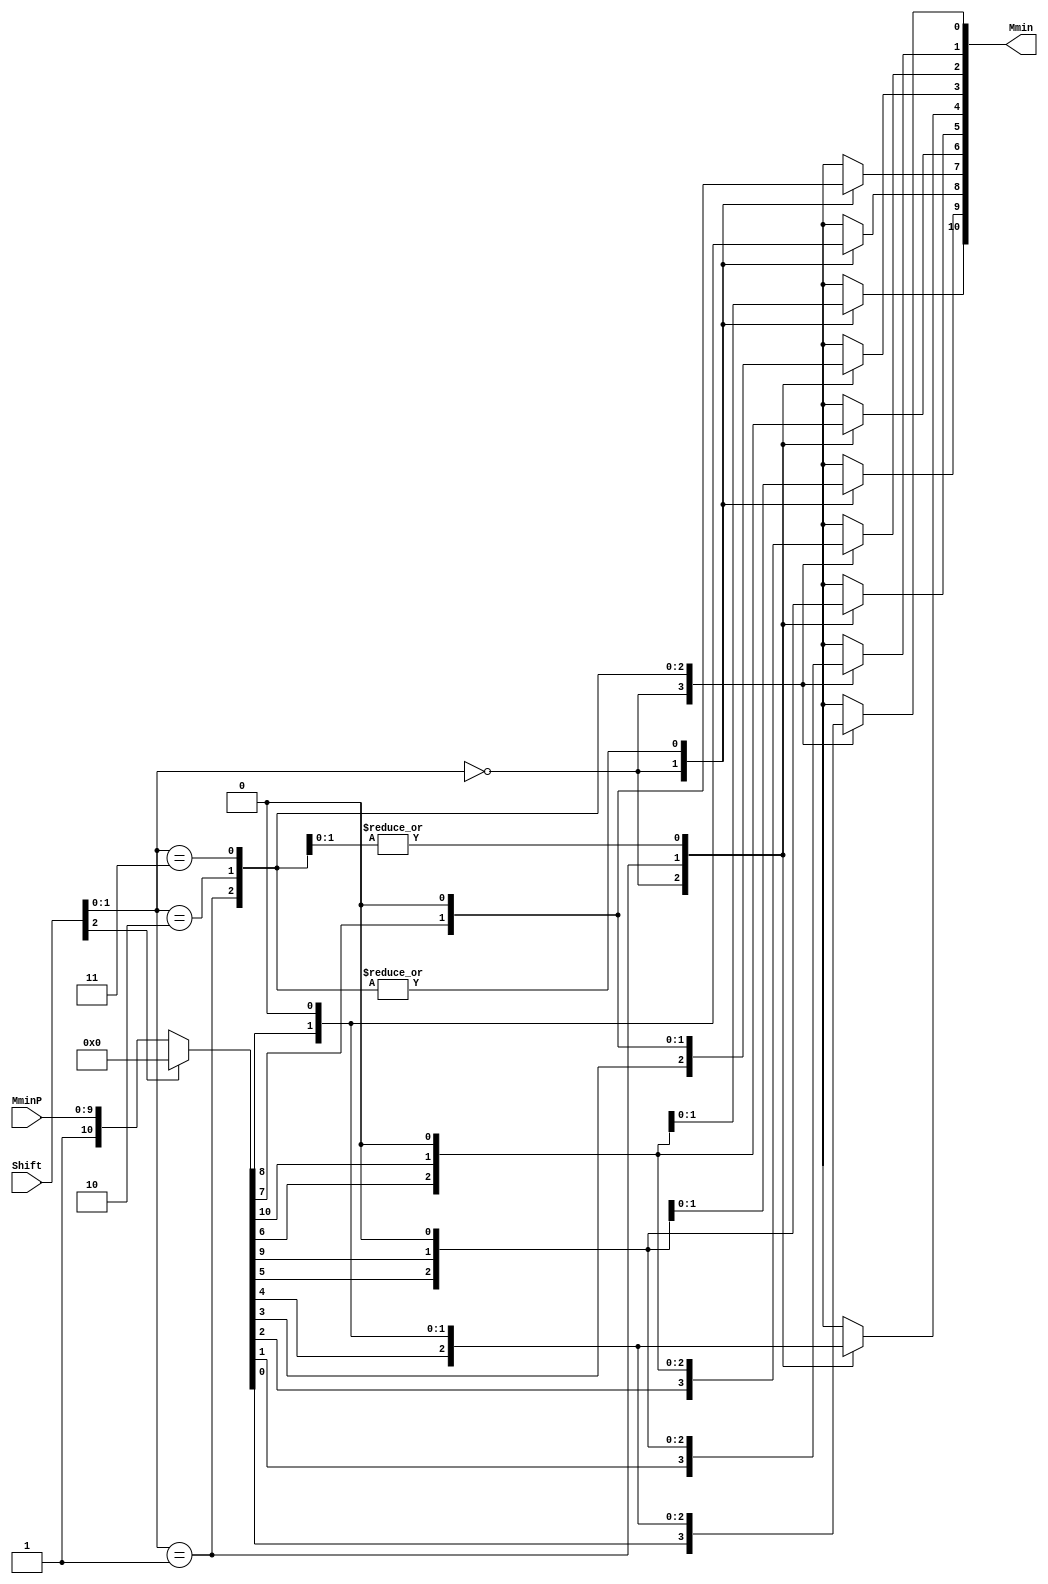
`define EXPONENT 5
`define MANTISSA 10
`define ACTUAL_MANTISSA 11
`define EXPONENT_LSB 10
`define EXPONENT_MSB 14
`define MANTISSA_LSB 0
`define MANTISSA_MSB 9
`define MANTISSA_MUL_SPLIT_LSB 3
`define MANTISSA_MUL_SPLIT_MSB 9
`define SIGN 1
`define SIGN_LOC 15
`define DWIDTH (`SIGN+`EXPONENT+`MANTISSA)
`define IEEE_COMPLIANCE 1

module FPAddSub_AlignShift1(
		MminP,
		Shift,
		Mmin
	);
	
	// Input ports
	input [`MANTISSA-1:0] MminP ;						// Smaller mantissa after 16|12|8|4 shift
	input [2:0] Shift ;						// Shift amount
	
	// Output ports
	output [`MANTISSA:0] Mmin ;						// The smaller mantissa
	
	// Internal signals
	reg	  [`MANTISSA:0]		Lvl1;
	reg	  [`MANTISSA:0]		Lvl2;
	wire    [2*`MANTISSA+1:0]    Stage1;	
	integer           i;                // Loop variable
	
	always @(*) begin						
		// Rotate by 16?
		//Lvl1 <= Shift[2] ? {17'b00000000000000001, MminP[22:16]} : {1'b1, MminP}; 
		Lvl1 <= Shift[2] ? {11'b0000000000} : {1'b1, MminP}; 
		
	end
	
	assign Stage1 = { 11'b0, Lvl1};
	
	always @(*) begin    					// Rotate {0 | 4 | 8 | 12} bits
	  case (Shift[1:0])
			// Rotate by 0	
			2'b00:  Lvl2 <= Stage1[`MANTISSA:0];       			
			// Rotate by 4	
			2'b01:  begin for (i=0; i<=`MANTISSA; i=i+1) begin Lvl2[i] <= Stage1[i+4]; end /*Lvl2[`MANTISSA:`MANTISSA-3] <= 0;*/ end
			// Rotate by 8
			2'b10:  begin for (i=0; i<=`MANTISSA; i=i+1) begin Lvl2[i] <= Stage1[i+8]; end /*Lvl2[`MANTISSA:`MANTISSA-7] <= 0;*/ end
			// Rotate by 12	
			2'b11: Lvl2[`MANTISSA: 0] <= 0; 
			//2'b11:  begin for (i=0; i<=`MANTISSA; i=i+1) begin Lvl2[i] <= Stage1[i+12]; end Lvl2[`MANTISSA:`MANTISSA-12] <= 0; end
	  endcase
	end
	
	// Assign output to next shift stage
	assign Mmin = Lvl2;
	
endmodule